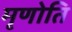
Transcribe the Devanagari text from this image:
मृणोति